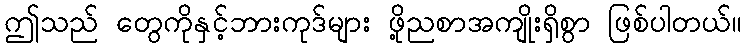
ဤသည် တွေကိုနှင့်ဘားကုဒ်များ ဖို့ညစာအကျိုးရှိစွာ ဖြစ်ပါတယ်။